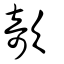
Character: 欹